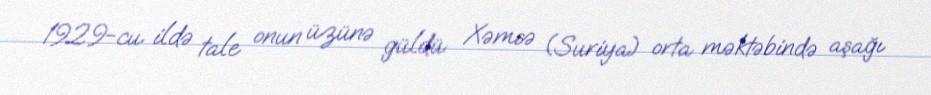
1929-cu ildə tale onun üzünə güldü: Xəmsə (Suriya) orta məktəbində aşağı